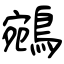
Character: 鵷